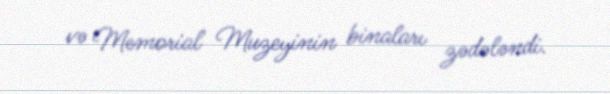
və Memorial Muzeyinin binaları zədələndi.